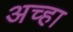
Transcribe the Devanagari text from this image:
अच्हा